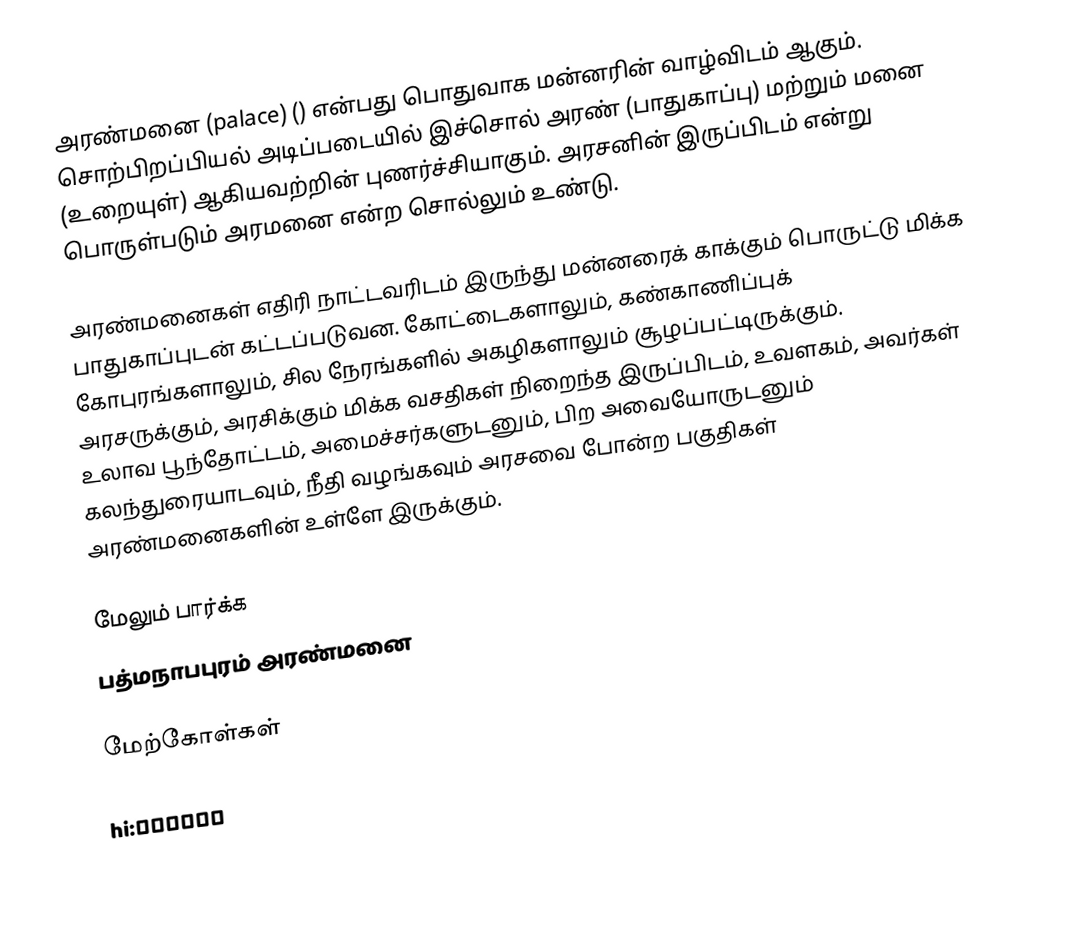
அரண்மனை (palace) () என்பது பொதுவாக மன்னரின் வாழ்விடம் ஆகும். சொற்பிறப்பியல் அடிப்படையில் இச்சொல் அரண் (பாதுகாப்பு) மற்றும் மனை (உறையுள்) ஆகியவற்றின் புணர்ச்சியாகும். அரசனின் இருப்பிடம் என்று பொருள்படும் அரமனை என்ற சொல்லும் உண்டு.

அரண்மனைகள் எதிரி நாட்டவரிடம் இருந்து மன்னரைக் காக்கும் பொருட்டு மிக்க பாதுகாப்புடன் கட்டப்படுவன. கோட்டைகளாலும், கண்காணிப்புக் கோபுரங்களாலும், சில நேரங்களில் அகழிகளாலும் சூழப்பட்டிருக்கும். அரசருக்கும், அரசிக்கும் மிக்க வசதிகள் நிறைந்த இருப்பிடம், உவளகம், அவர்கள் உலாவ பூந்தோட்டம், அமைச்சர்களுடனும், பிற அவையோருடனும் கலந்துரையாடவும், நீதி வழங்கவும் அரசவை போன்ற பகுதிகள் அரண்மனைகளின் உள்ளே இருக்கும்.

மேலும் பார்க்க
 பத்மநாபபுரம் அரண்மனை

மேற்கோள்கள்

hi:राजमहल
sr:Дворац